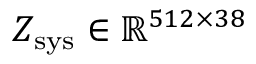
Z _ { \mathrm { s y s } } \in \mathbb { R } ^ { 5 1 2 \times 3 8 }